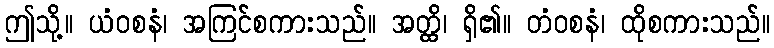
ဤသို့။ ယံဝစနံ၊ အကြင်စကားသည်။ အတ္ထိ၊ ရှိ၏။ တံဝစနံ၊ ထိုစကားသည်။